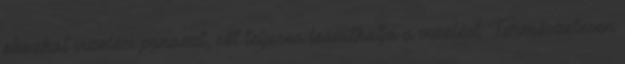
okozhat vizelési panaszt, sőt teljesen leállíthatja a vizelést. Természetesen